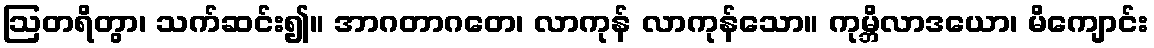
ဩတရိတွာ၊ သက်ဆင်း၍။ အာဂတာဂတေ၊ လာကုန် လာကုန်သော။ ကုမ္ဘိလာဒယော၊ မိကျောင်း